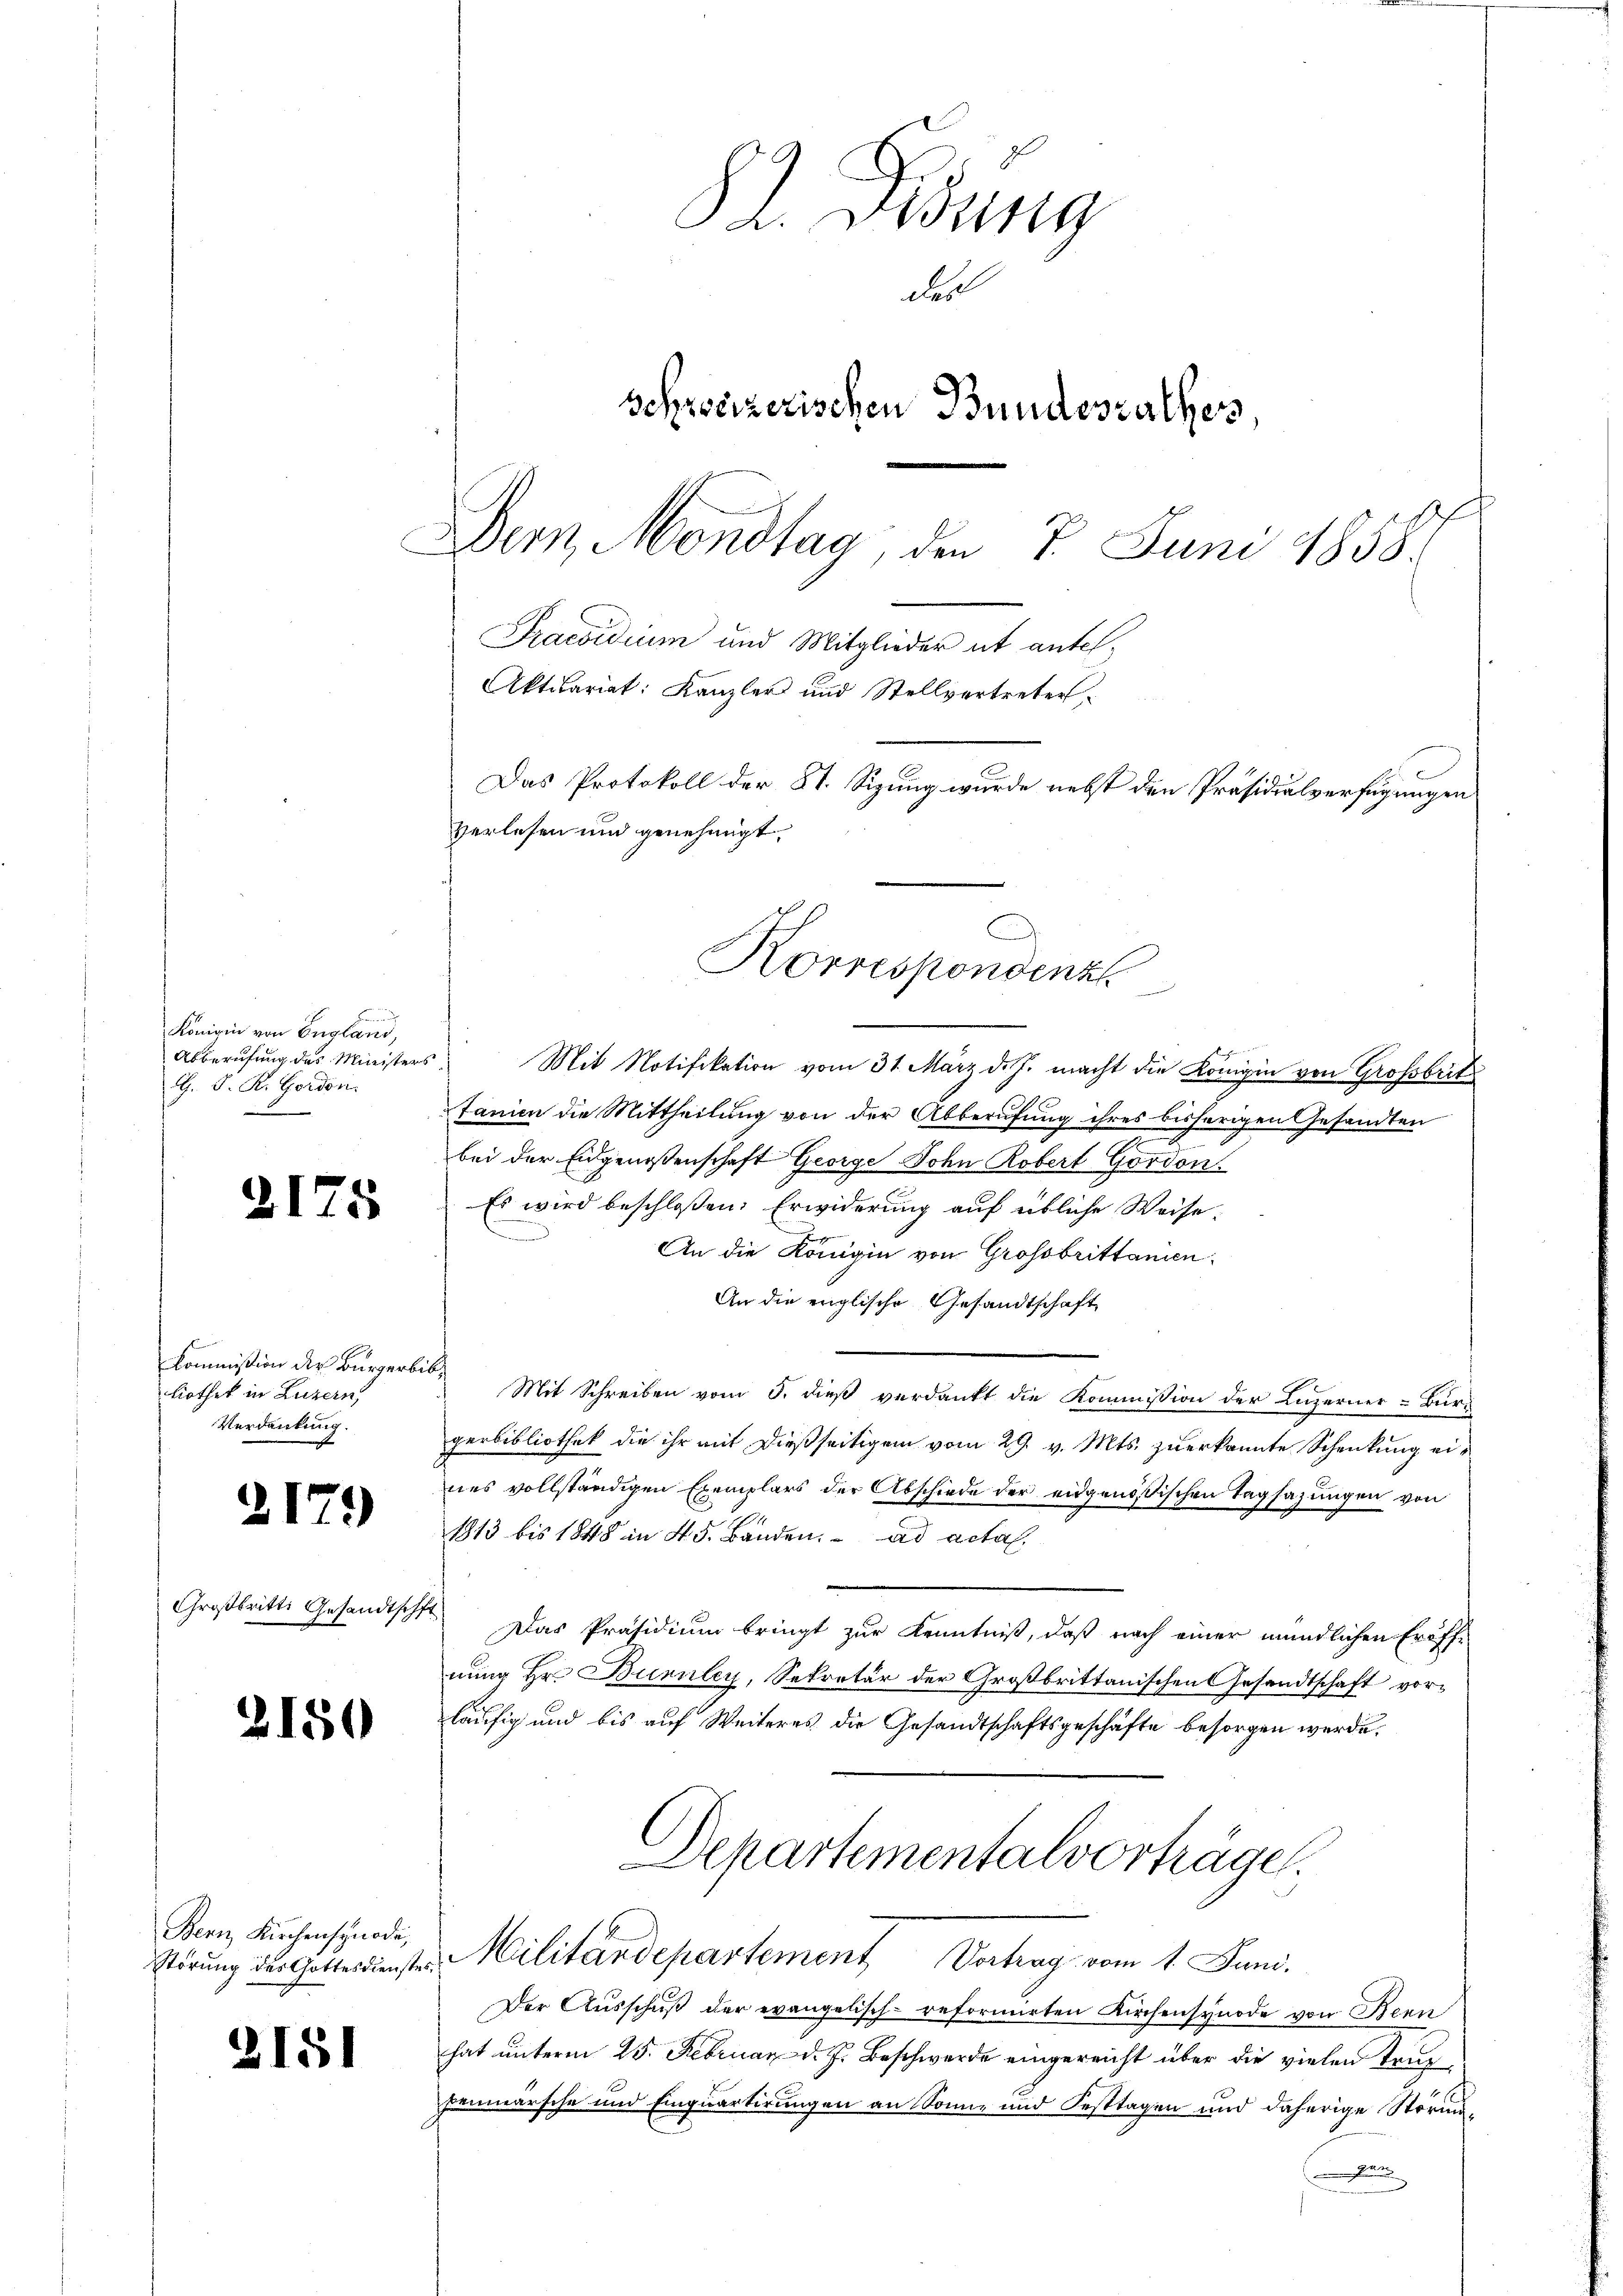
Königin von England,
Abberufung des Ministers
G. P. R. Gordon.

d

)

175

Kommission des Bürgerbib
liothek in Luzern,
Verdankung.

2179

Großbritte Gesandtschft

2150

Bern, Kirchensynode,

151

52. Gesung
das
schweizerischen Bundesrathes
Dern Montag, den 7. Juni 1858.
Praesidium und Mitglieder et antes,
Aktuariat: Kanzler und Stellvertreter
Das Protokoll der St. Sizung wurde nebst den Präsidialverfügungen
verlesen und genehmigt.

.
l
Mit Notifikation vom 31. März d. J. macht die Königin von Großbrit
tanien die Mittheilung von der Abberufung ihres bisherigen Gesandten
bei der Eidgenossenschaft George Sohn Robert Gordon
Es wird beschlossen: Erwiderung auf übliche Weise.
An die Königin von Grossbrittanien.
An die englische Gesandtschaft
Mit Schreiben vom 3. dieß verdankt die Kommission der Luzerner-Bur-
gerbibliothek die ihr mit dießseitigen vom 29. v. Mts. zuerkannte Schenkung eines vollständigen Exemplars der Abschiede der eidgenößischen Tagsazungen von
1813 bis 1848 in 45. Banden. ad acta.
Das Präsidium bringt zur Kenntniß, daß nach einer mündlichen Eröffnung Hr. Burnler, Sekretär der Großbrittanischen Gesandtschaft vorläufig und bis auf Weiteres die Gesandtschaftsgeschäfte besorgen werde.
Departementalvorträge.
Rörŭng der Gotterster Militärdepartement Vertrag vom 1. Juni.
Der Ausschuß der evangelisch-reformirten Kirchensynode von Bern
hat unterm 25. Februar d. J. Beschwerde eingereicht über die vielen Trag
penmärsche und Einquartirungen an Sonne und Festtagen und daherige Störun¬
J

Korrespondenz